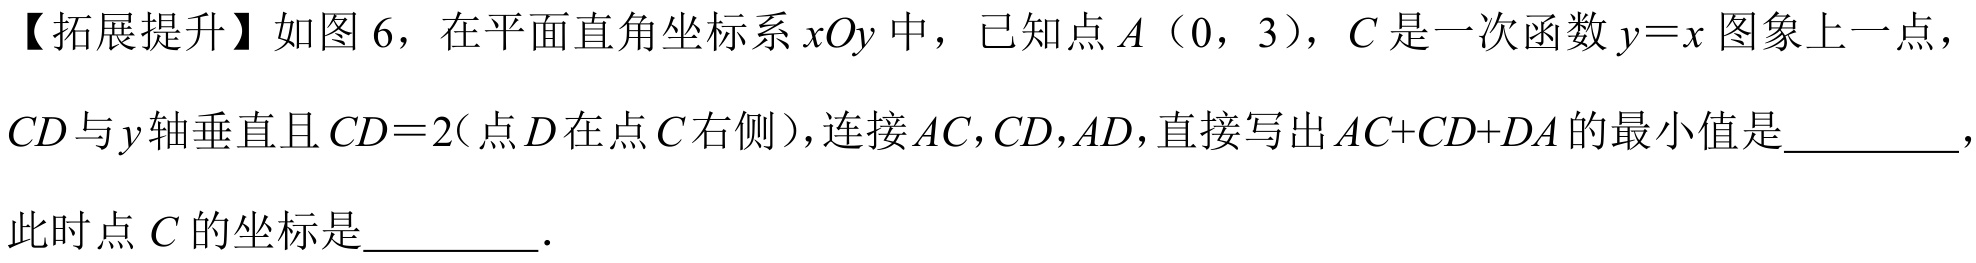
【拓展提升】如图 6，在平面直角坐标系 \(xOy\) 中，已知点 \(A\)（0，3），\(C\) 是一次函数 \(y = x\) 图象上一点，\(CD\) 与 \(y\) 轴垂直且 \(CD = 2\)（点 \(D\) 在点 \(C\) 右侧），连接 \(AC\)，\(CD\)，\(AD\)，直接写出 \(AC + CD+DA\) 的最小值是__________，此时点 \(C\) 的坐标是_________．